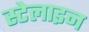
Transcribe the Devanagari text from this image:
स्टेलाइन